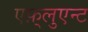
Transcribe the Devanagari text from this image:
एफ़्लुएन्ट